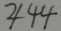
4 4 4